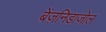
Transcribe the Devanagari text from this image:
बेंज़निडाज़ोल